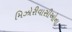
મિઝોરીવાસીઓના